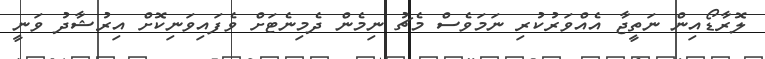
ލޮރާޑޯއިން ނަތީޖާ އެއްވަރުކުރި ނަމަވެސް މެޗު ނިމެން ދެމިނެޓަށް ވެފައިވަނިކޮށް އިރުޝާދު ވަނީ